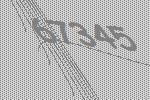
67345